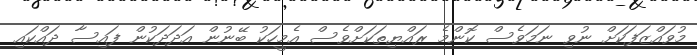
މުވައްޒަފަކަށް ނުވި ނަމަވެސް ކޮންމެ ރައްޔިތަކަށްވެސް އެމީހަކު ބޭނުން އަދަދަކުން ފައިސާ ދައްކައި